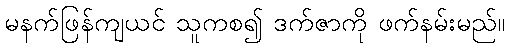
မနက်ဖြန်ကျယင် သူကစ၍ ဒက်ဇာကို ဖက်နမ်းမည်။